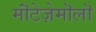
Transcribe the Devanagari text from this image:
मॊंटेज़ेमॊलॊ